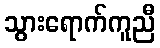
သွားရောက်ကူညီ